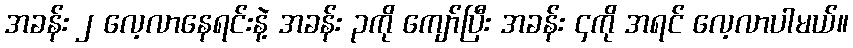
အခန်း ၂ လေ့လာနေရင်းနဲ့ အခန်း ၃ကို ကျော်ပြီး အခန်း ၄ကို အရင် လေ့လာပါမယ်။